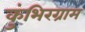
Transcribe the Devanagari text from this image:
कुंभिरग्राम